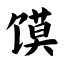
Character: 馍